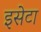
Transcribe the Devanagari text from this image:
इसेटा